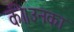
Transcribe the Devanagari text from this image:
की।उनका